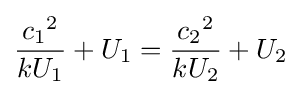
{\frac {{c_{1}}^{2}}{kU_{1}}}+U_{1}={\frac {{c_{2}}^{2}}{kU_{2}}}+U_{2}